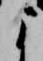
よ